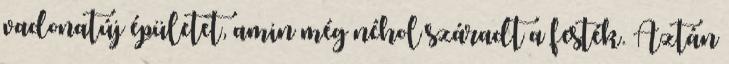
vadonatúj épületet, amin még néhol száradt a festék. Aztán